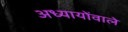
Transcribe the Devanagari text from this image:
अध्यायोंवाले